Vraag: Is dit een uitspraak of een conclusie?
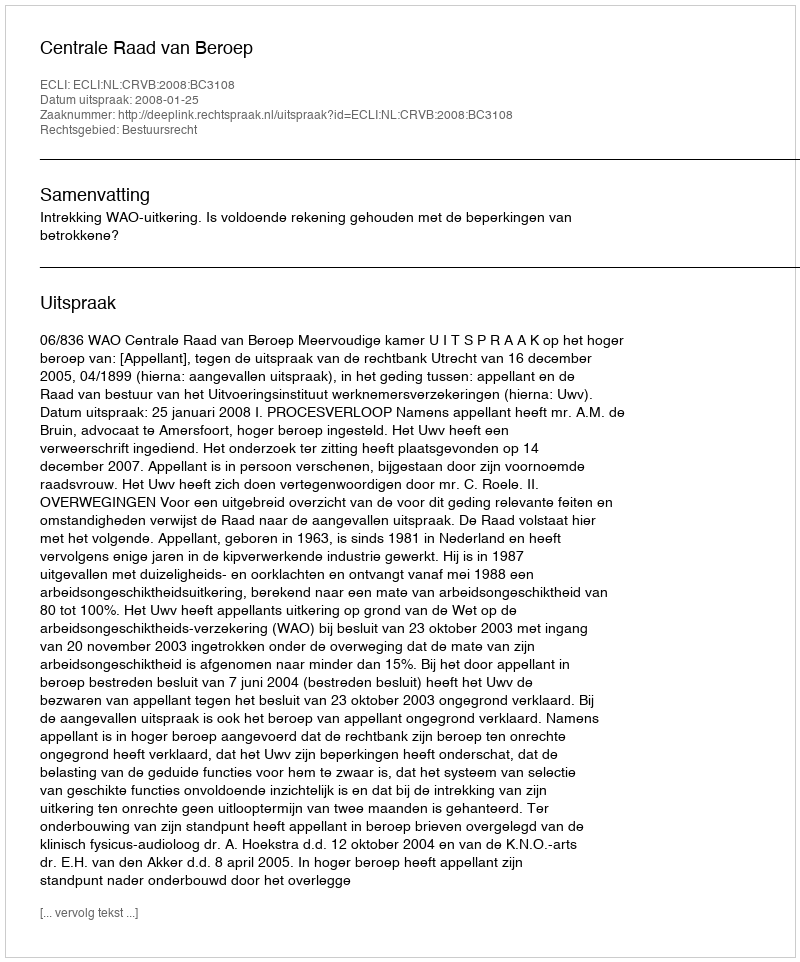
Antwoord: Uitspraak